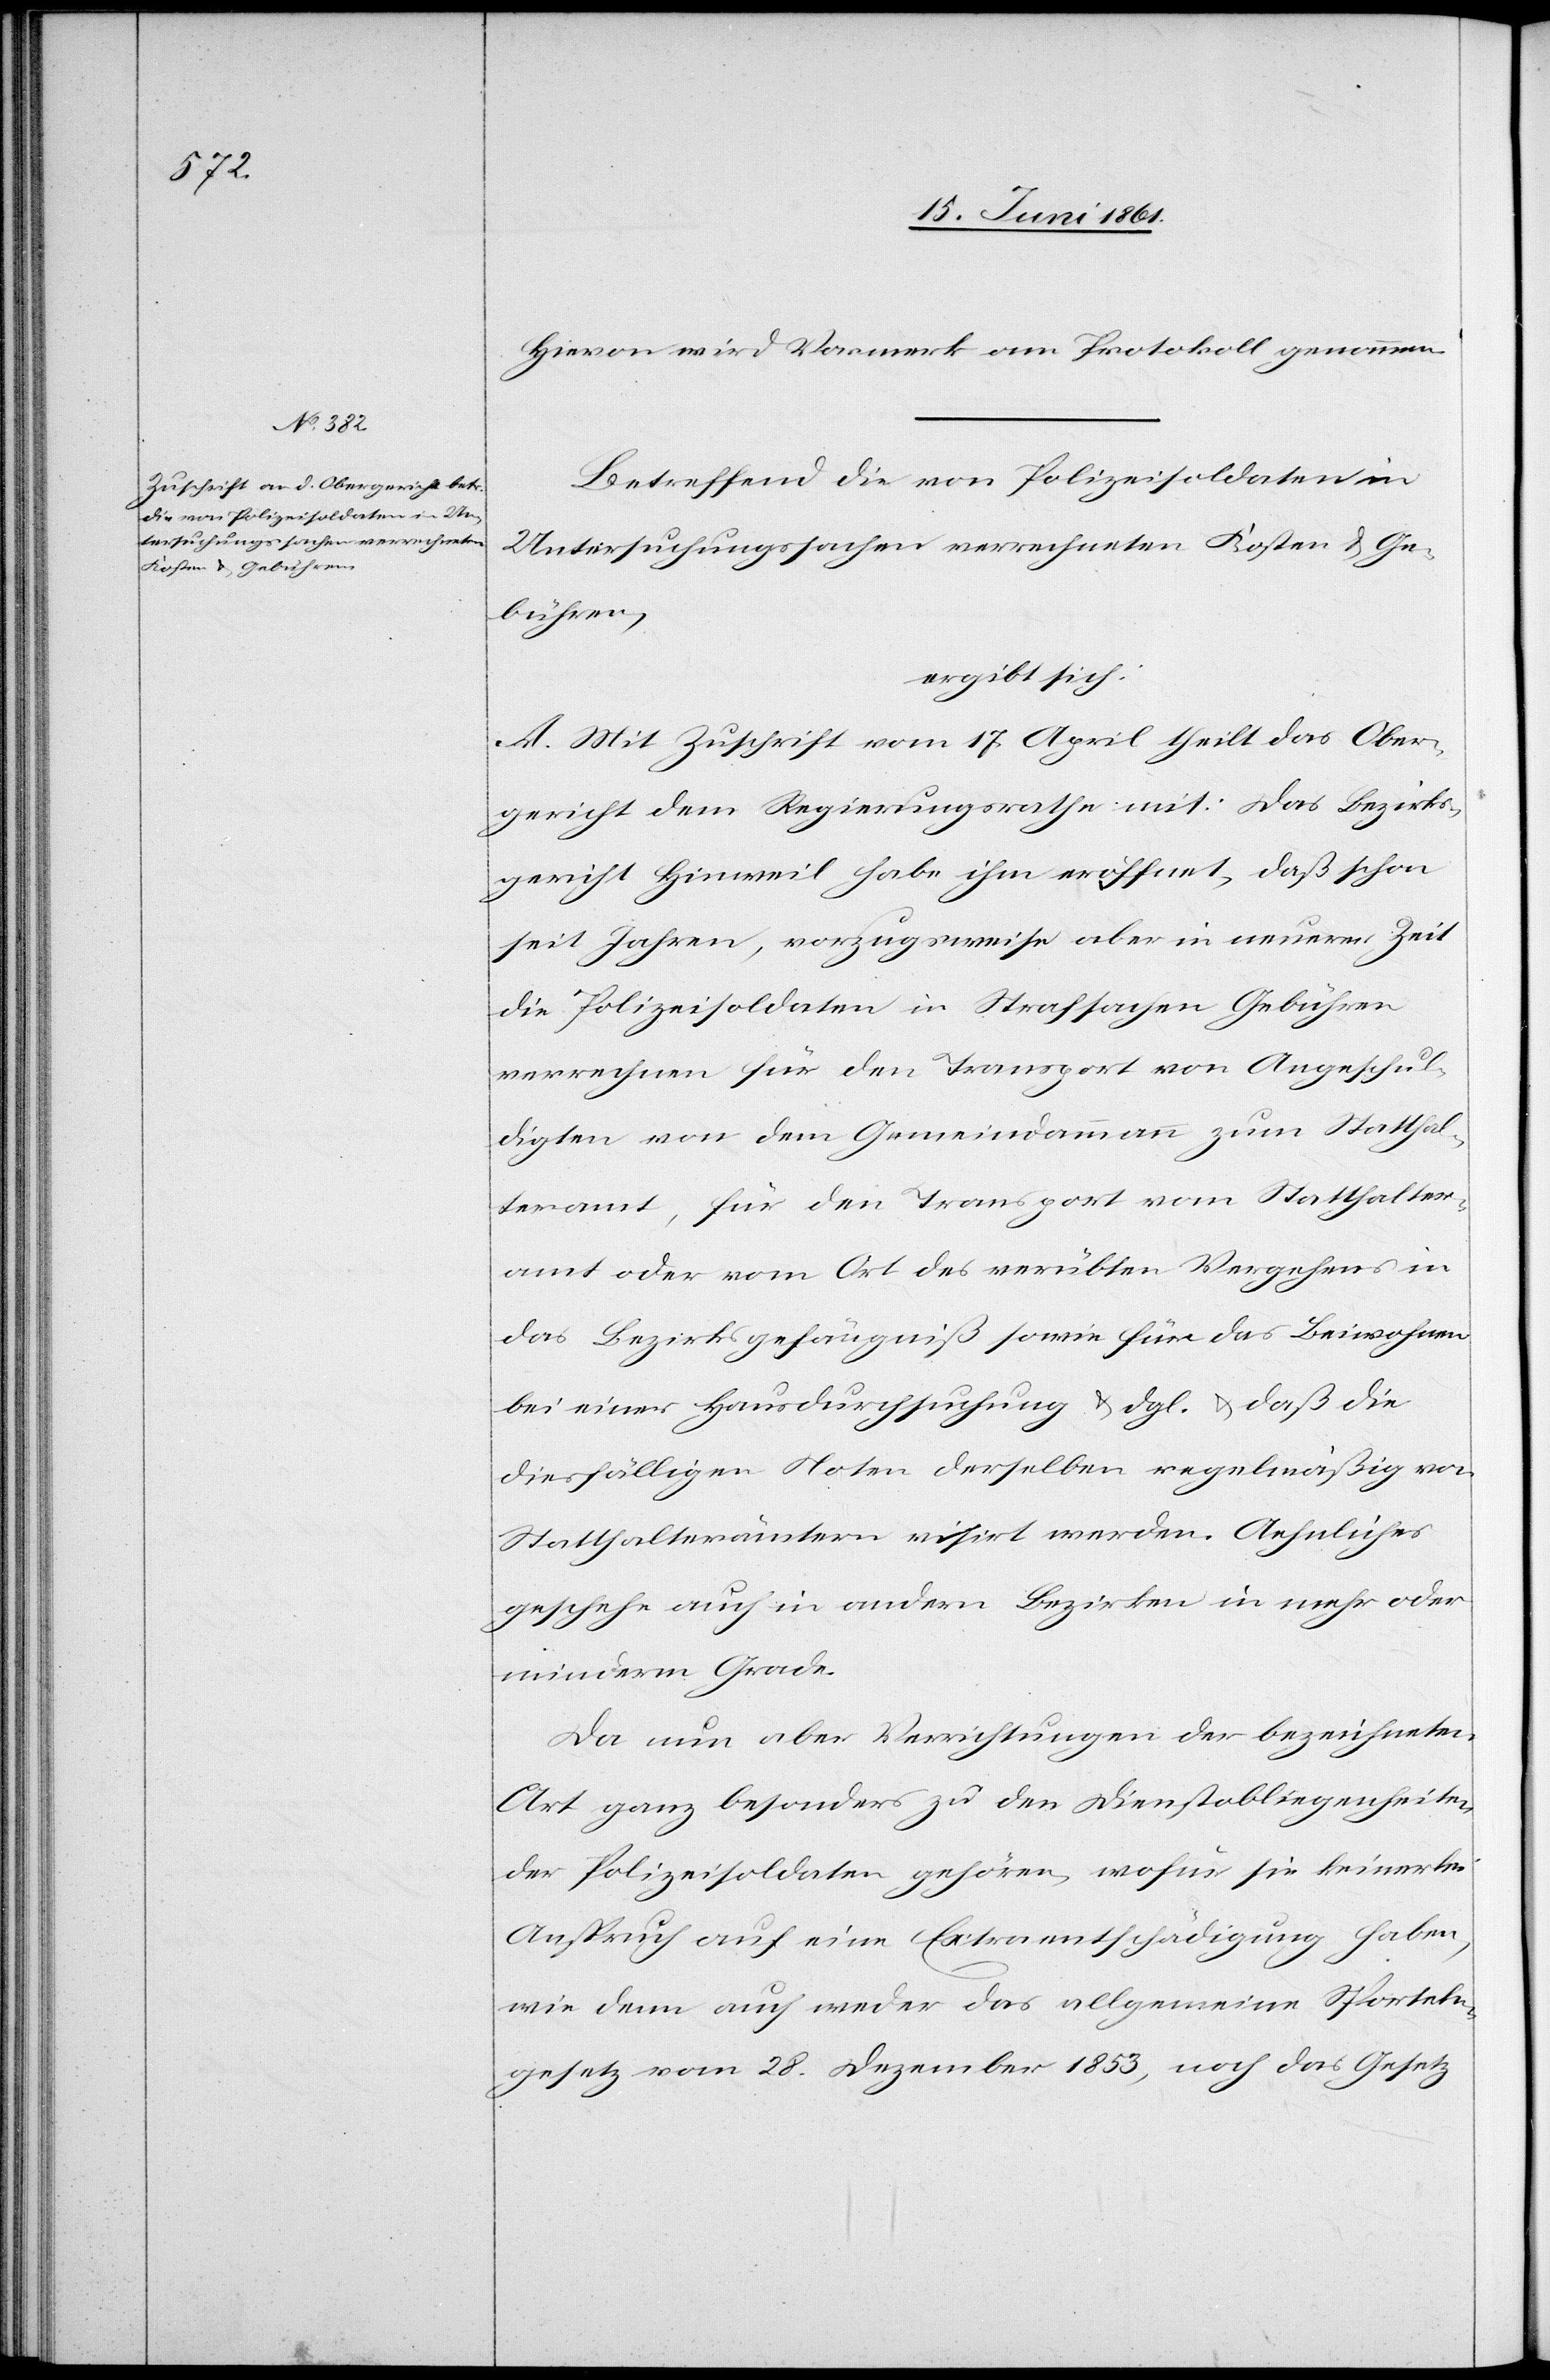
Hievon wird Vormerk am Protokoll genommen.
Betreffend die von Polizeisoldaten in
Untersuchungssachen verrechneten Kosten u. Ge¬
bühren,
ergibt sich:
A. Mit Zuschrift vom 17. April theilt das Ober¬
gericht dem Regierungsrathe mit: das Bezirks¬
gericht Hinweil habe ihm eröffnet, daß schon
seit Jahren, vorzugsweise aber in neuerer Zeit
die Polizeisoldaten in Strafsachen Gebühren
verrechnen für den Transport von Angeschul¬
digten von dem Gemeindammann zum Statthal¬
teramt, für den Transport vom Statthalter¬
amt oder vom Ort des verübten Vergehens in
das Bezirksgefängniß sowie für das Beiwohnen
bei einer Hausdurchsuchung u. dgl. u. daß die
diesfälligen Noten derselben regelmäßig von
Statthalterämtern visirt werden. Aehnliches
geschehe auch in andern Bezirken in mehr oder
minderm Grade.
Da nun aber Verrichtungen der bezeichneten
Art ganz besonders zu den Dienstobliegenheiten
der Polizeisoldaten gehören, wofür sie keinerlei
Anspruch auf eine Extraentschädigung haben,
wie denn auch weder das allgemeine Sporteln¬
gesetz vom 28. Dezember 1853, noch das Gesetz